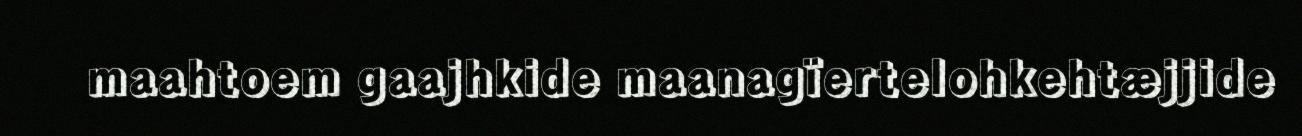
maahtoem gaajhkide maanagïertelohkehtæjjide